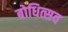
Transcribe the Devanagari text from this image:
बोधित्सव